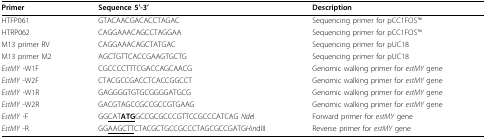
| Primer | Sequence 5'-3' | Description |
 | --- | --- | --- |
 | HTFP061 | GTACAACGACACCTAGAC | Sequencing primer for pCC1FOSTM |
 | HTRP062 | CAGGAAACAGCCTAGGAA | Sequencing primer for pCC1FOSTM |
 | M13 primer RV | CAGGAAACAGCTATGAC | Sequencing primer for pUC18 |
 | M13 primer M2 | AGCTGTTCACCGAAGTGCTG | Sequencing primer for pUC18 |
 | EstMY -W1F | CGCCCCTTTCGACCAGCAACG | Genomic walking primer for estMY gene |
 | EstMY -W2F | CTACGCCGACCTCACCGGCCT | Genomic walking primer for estMY gene |
 | EstMY -W1R | GAGGGGTGTGCGGGGATGCG | Genomic walking primer for estMY gene |
 | EstMY -W2R | GACGTAGCCGCCGCCGTGAAG | Genomic walking primer for estMY gene |
 | EstMY -F | GG<underline>CAT</underline><underline>ATG</underline>GCCGCGCCCGTTCCGCCCATCAG NdeI | Forward primer for estMY gene |
 | EstMY -R | GG<underline>AAGCTT</underline>CTACGCTGCCGCCCTAGCGCCGATGHindIII | Reverse primer for estMY gene |